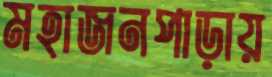
মহাজনপাড়ায়